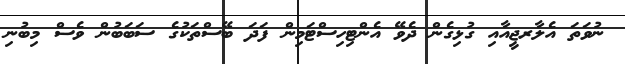
ނުވަތަ އެލާރޖީއާއި ގުޅިގެން ދެވޭ އެންޓިހިސްޓަމިން ފަދަ ބޭސްތަކުގެ ސަބަބުން ވެސް މިބުނި